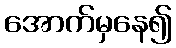
အောက်မှနေ၍